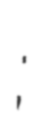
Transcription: כהן;